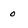
Character: 0